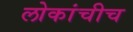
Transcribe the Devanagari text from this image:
लोकांचीच